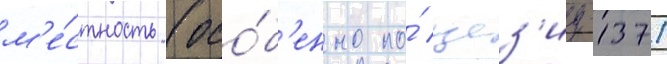
м'е́стность (осо́б'енно по́ цез'иу-137)